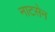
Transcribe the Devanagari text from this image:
नाटसेन